Civil Veterinary Department. United Provinces 1932-42 - 1932-1942
Year: 1932
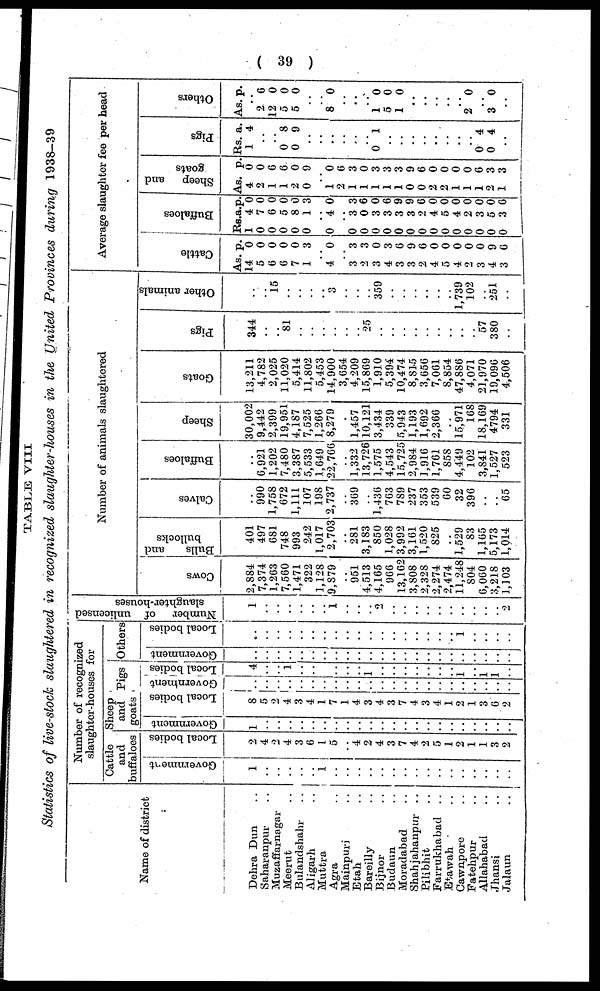
( 39 )
TABLE
VIII
Statistics of live-stock slaughtered in recognized slaughter-houses in the United Provinces during 1938-39
Name of district
Dehra Dun ..
Saharanpur..
Muzaffarnagar ..
Meerut ..
Bulandshahr ..
Aligarh ..
Muttra ..
Agra ..
Mainpuri ..
Etah ..
Bareilly ..
Bijnor ..
Budaun ..
Moradabad ..
Shahjahanpur ..
Pilibhit ..
Farrukhabad ..
Etawah ..
Cawnpore ..
Fatehpur ..
Allahabad ..
Jhansi ..
Jalaun ..
Number of recognized
slaughter-houses for
Cattle
and
buffaloes
Government
1
..
..
..
..
..
1
..
..
..
..
..
..
..
..
..
..
..
..
..
..
..
Local bodies
2
4
2
4
3
6
1
5
..
4 2
4
3
7
4
2
5
1
2
1 1
3
2
Sheep
and
goats
Government
1
..
..
..
..
..
..
..
..
..
..
..
..
..
..
..
..
..
..
..
..
..
..
Local bodies
8
5
2
4
3
4
1
7
1
4
3
4
3
7
4
3
4
1
2
1
3
6
2
Pigs
Government
..
..
..
..
..
..
..
..
..
..
..
..
..
..
..
..
..
..
..
..
..
..
..
Local bodies
4
..
.. 1
..
..
..
..
..
..
1
..
..
..
..
..
..
..
1
..
1
1
..
Others
Government
..
..
..
..
..
..
..
..
..
..
..
..
..
..
..
..
..
..
..
..
..
..
..
Local bodies
..
..
..
..
..
..
..
..
..
..
..
..
..
..
..
..
..
..
1
..
..
..
Number
of unlicensed
slaughter-houses
1
..
..
..
..
..
..
1
..
..
..
2
..
..
..
..
..
..
..
..
..
..
2
Number of animals slaughtered
Cows
2,884
7,374
1,263
7,560
1,471
322
1,128
9,879
..
951
4,513
4,165
966
13,162
3,808
2,328
2,274
2,474
11,248
804
6,060
3,218
1,103
Bulls
and
bullocks
401
497
681
748
993
242
1,017
2,703
..
281
3,183
850
1,028
3,992
3,161
1,520
825
..
1,529
83
1,165
5,173
1,014
Calves
..
990
1,758
672
1,111
107
198
2,737
..
369
..
1,436
763
789
237
353
539
60
32
396
..
..
65
Buffaloes
..
6,921
1,202
7,480
3,387
5,533
1,649
22,766
..
1,332 13,726
1,575
4,543
15,725
2,984
1,916
1,761
858
4,449
102
3,841
1,527
523
Sheep
30,002
9,442
2,399
19,951
4,187
7,525
1,266
8,279
..
1,457 10,121
3,434
339
5,943
1,193
1,692
2,366
..
15,971
168
18,169
4794
331
Goats
13,211
4,782
2,025
11,020
5,414
11,802
5,453
14,900
3,654
4,209
15,869
1,910
5,394
10,474
8,815
3,656
7,061
8,854
47,886
4,071
21,970
19,096
4,506
Pigs
344
..
..
81
..
..
..
..
..
..
25
..
..
..
..
..
..
..
..
..
57
380
..
Other animals
..
..
15
..
..
..
..
3
..
..
..
359
..
..
..
..
..
..
1,739
102
..
251
..
Average slaughter fee per head
Cat t l e
As.
14
5
6
6
7
1
p.
0
0
0
0
0
3
..
4 0
..
3
2
3
4
3
3
2
4
5
4
2
3
4
3
3
3
0
3
6
9
6
0
0
0
0
0
9
6
Buffaloes
Rs.
1
0
0
0
0
0
a.
4
7
6
5
8
1
p.
0
0
0
0
0
3
..
0 4 0
.. 0
0
0
0
0
0
0
0
0
0
0
0
0
0
3
0
3
3
3
3
2
4
5
4
2
3
5
3
3
6
0
6
9
9
6
0
0
0
0
0
0
6
Sheep and
goats
As.
4
2
1
1
2
0
p.
0
0
6
6
0
9
..
1
2
1
1
1
1
1
0
0
2
2
1
1
1
2
1
0
6
3
0
3
3
3
9
6
0
0
0
0
6
3
3
Pi gs
Rs.
1
a.
4
..
..
0
0
8
9
..
..
..
..
..
..
0 1
..
..
..
..
..
..
..
..
0
0
4
4
..
Others
As. p.
..
2
12
5
5
6
0
0
0
..
..
8 0
..
..
..
1
5
1
0
0
0
..
..
..
..
..
2 0
..
3 0
..